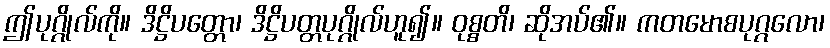
ဤပုဂ္ဂိုလ်ကို။ ဒိဋ္ဌိပတ္တော၊ ဒိဋ္ဌိပတ္တပုဂ္ဂိုလ်ဟူ၍။ ဝုစ္စတိ၊ ဆိုအပ်၏။ ကတမောစပုဂ္ဂလော၊